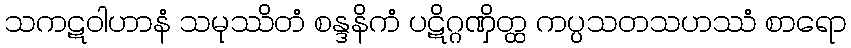
သကဋဝါဟာနံ သမုဿိတံ စန္ဒနိကံ ပဋိဂ္ဂဏှိတ္ထ ကပ္ပသတသဟဿံ စာရော